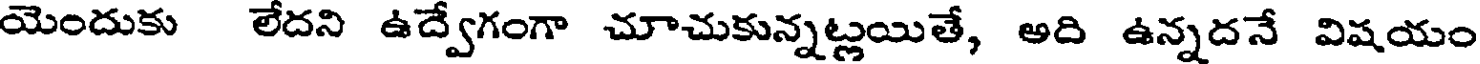
యెందుకు లేదని ఉద్వేగంగా చూచుకున్నట్లయితే, అది ఉన్నదనే విషయం